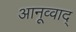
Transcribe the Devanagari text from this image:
आनूव्वाद्